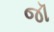
જૉ